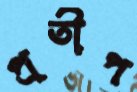
প্রতীপ